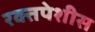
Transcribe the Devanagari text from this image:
रक्तपेशीस